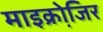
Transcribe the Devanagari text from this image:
माइक्रोजि़र